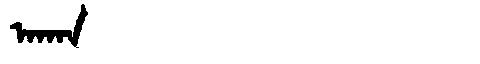
Manchu: ᠠᡴᠠᠨ
Romanization: AKAN